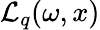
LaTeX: {\cal L}_{q}(\omega,x)